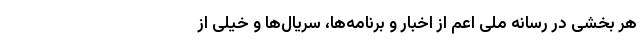
هر بخشی در رسانه ملی اعم از اخبار و برنامه‌ها، سریال‌ها و خیلی از